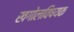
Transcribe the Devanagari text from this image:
खगोलविषयक